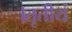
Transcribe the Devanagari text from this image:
।तृतीयं